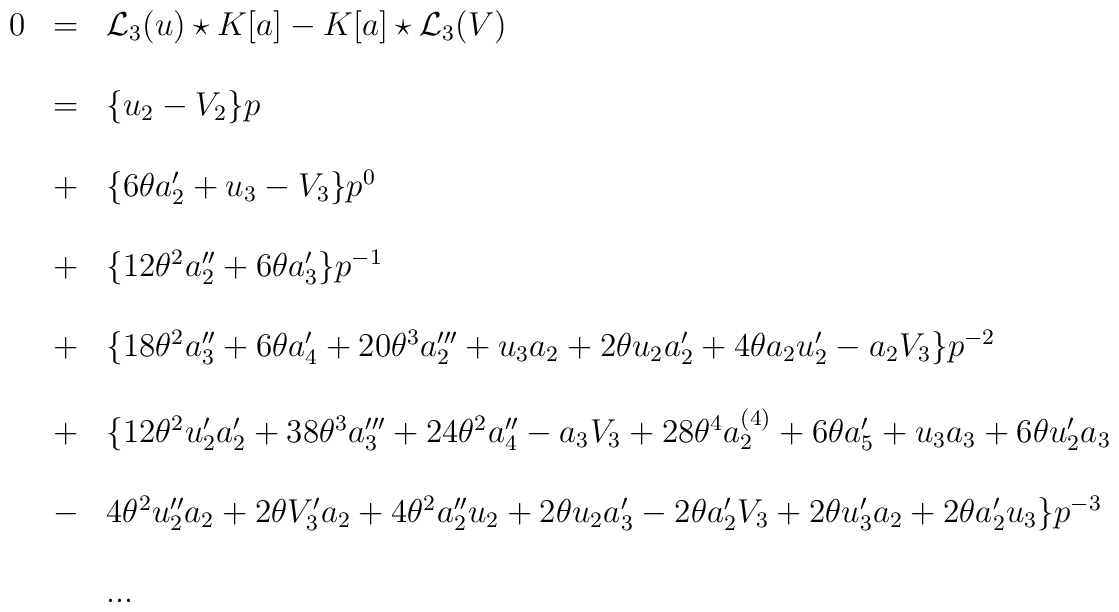
\begin{array}{lcl}0&=&{{\mathcal L}_{3}}(u)\star K[a]-K[a]\star {{\mathcal L}_{3}}(V)\\ \\&=&\{u_2-V_2\}p\\ \\&+ &\{6\theta a'_2+u_3-V_3\}p^0\\ \\&+ &\{12{\theta}^2 a''_2+6\theta a'_3\}p^{-1}\\ \\&+ &\{18{\theta}^2 a''_3+6\theta a'_4+20{\theta}^3 a'''_2+u_3 a_2 + 2\theta u_2 a'_2+4\theta a_2 u'_2-a_2 V_3\}p^{-2}\\ \\&+ &\{12\theta^{2} u'_{{2}}a'_{{2}}+38{\theta}^3 a'''_3+ 24{\theta}^2 a''_4- a_3 V_3 +28{\theta}^4 a^{(4)}_2+ 6{\theta} a'_5+u_3 a_3+ 6{\theta} u'_2 a_3\\ \\&- & 4{\theta}^2 u''_2 a_2+2{\theta} V'_3 a_2+4{\theta}^2 a''_2 u_2+2{\theta} u_2 a'_3-2{\theta} a'_2 V_3+2{\theta} u'_3 a_2+2{\theta} a'_2 u_3\}p^{-3}\\ \\& &. . .\end{array}